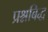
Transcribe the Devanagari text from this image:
प्रश्नबिद्ध